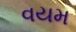
વયમ